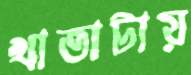
খাতাটায়